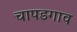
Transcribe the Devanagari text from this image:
चापडगाव